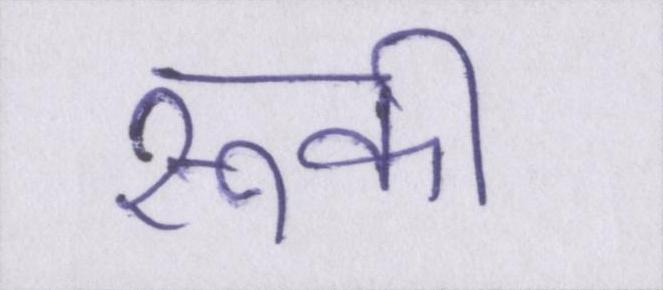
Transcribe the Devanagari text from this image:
रूकी